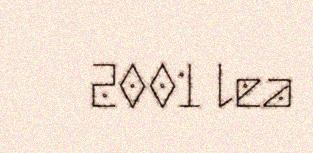
2001 lea